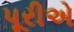
પૂરીએ